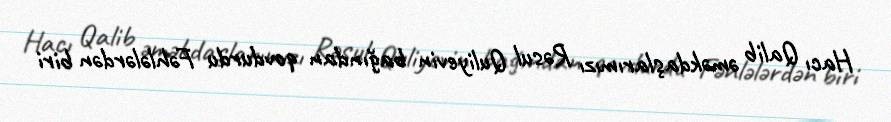
Hacı Qalib əməkdaşlarımızı Rəsul Quliyevin bağından qovdurdu Fəhlələrdən biri